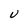
Character: U